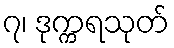
၇၊ ဒုက္ကရသုတ်